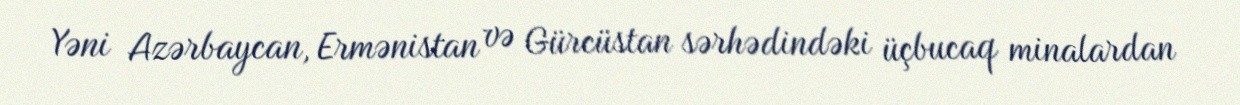
Yəni Azərbaycan, Ermənistan və Gürcüstan sərhədindəki üçbucaq minalardan